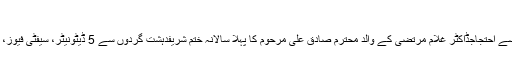
جہانگیر ترین Archives | Daily Tehreek
لاڑکانہ دو نوجوانوں کی بازیابی کے لئے ورثا کی جانب سے احتجاجڈاکٹر غلام مرتضیٰ کے والدِ محترم صادق علی مرحوم کا پہلا سالانہ ختم شریفدہشت گردوں سے 5 ڈیٹونیٹر، سیفٹی فیوز، 8 دھماکہ خیز واٹر جیل، بلیک پاؤڈر اور آئی ڈی ای برآمد۔